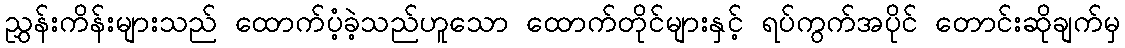
ညွှန်းကိန်းများသည် ထောက်ပံ့ခဲ့သည်ဟူသော ထောက်တိုင်များနှင့် ရပ်ကွက်အပိုင် တောင်းဆိုချက်မှ